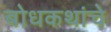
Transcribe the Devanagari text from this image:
बोधकथांचे